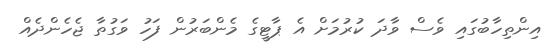
އިންތިހާބުގައި ވެސް ވާދަ ކުރުމަށް އެ ޕާޓީގެ މެންބަރުން ފަހު ވަގުތާ ޖެހެންދެއް